Indian journal of veterinary science and animal husbandry - Volume 5,
Year: 1935
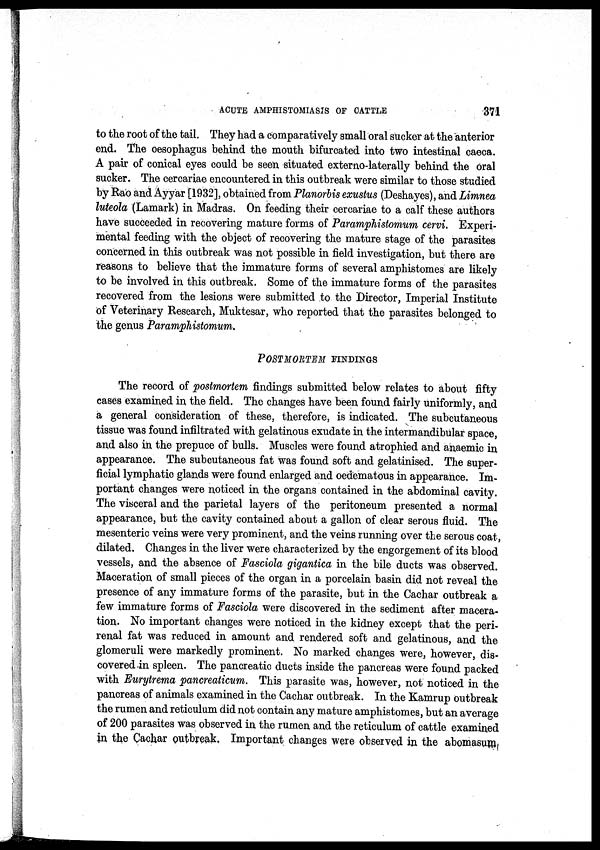
ACUTE AMPHISTOMIASIS OF CATTLE
371
to the root of the tail. They had a comparatively small oral sucker at the anterior
end. The oesophagus behind the mouth bifurcated into two intestinal caeca.
A pair of conical eyes could be seen situated externo-laterally behind the oral
sucker. The cercariae encountered in this outbreak were similar to those studied
by Rao and Ayyar [1932], obtained from Planorbis exustus (Deshayes), and Limnea
luteola (Lamark) in Madras. On feeding their cercariae to a calf these authors
have succeeded in recovering mature forms of Paramphistomum cervi. Experi-
mental feeding with the object of recovering the mature stage of the parasites
concerned in this outbreak was not possible in field investigation, but there are
reasons to believe that the immature forms of several amphistomes are likely
to be involved in this outbreak. Some of the immature forms of the parasites
recovered from the lesions were submitted to the Director, Imperial Institute
of Veterinary Research, Muktesar, who reported that the parasites belonged to
the genus Paramphistomum.
POSTMORTEM FINDINGS
The record of postmortem findings submitted below relates to about fifty
cases examined in the field. The changes have been found fairly uniformly, and
a general consideration of these, therefore, is indicated. The subcutaneous
tissue was found infiltrated with gelatinous exudate in the intermandibular space,
and also in the prepuce of bulls. Muscles were found atrophied and anaemic in
appearance. The subcutaneous fat was found soft and gelatinised. The super-
ficial lymphatic glands were found enlarged and oedematous in appearance. Im-
portant changes were noticed in the organs contained in the abdominal cavity.
The visceral and the parietal layers of the peritoneum presented a normal
appearance, but the cavity contained about a gallon of clear serous fluid. The
mesenteric veins were very prominent, and the veins running over the serous coat,
dilated. Changes in the liver were characterized by the engorgement of its blood
vessels, and the absence of Fasciola gigantica in the bile ducts was observed.
Maceration of small pieces of the organ in a porcelain basin did not reveal the
presence of any immature forms of the parasite, but in the Cachar outbreak a
few immature forms of Fasciola were discovered in the sediment after macera-
tion. No important changes were noticed in the kidney except that the peri-
renal fat was reduced in amount and rendered soft and gelatinous, and the
glomeruli were markedly prominent. No marked changes were, however, dis-
covered in spleen. The pancreatic ducts inside the pancreas were found packed
with Eurytrema pancreaticum. This parasite was, however, not noticed in the
pancreas of animals examined in the Cachar outbreak. In the Kamrup outbreak
the rumen and reticulum did not contain any mature amphistomes, but an average
of 200 parasites was observed in the rumen and the reticulum of cattle examined
in the Cachar outbreak. Important changes were observed in the abomasum